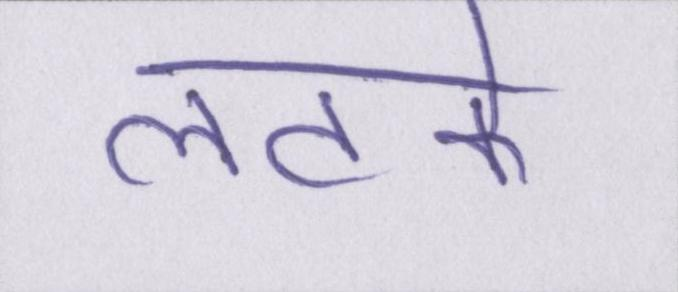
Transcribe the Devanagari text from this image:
लटके